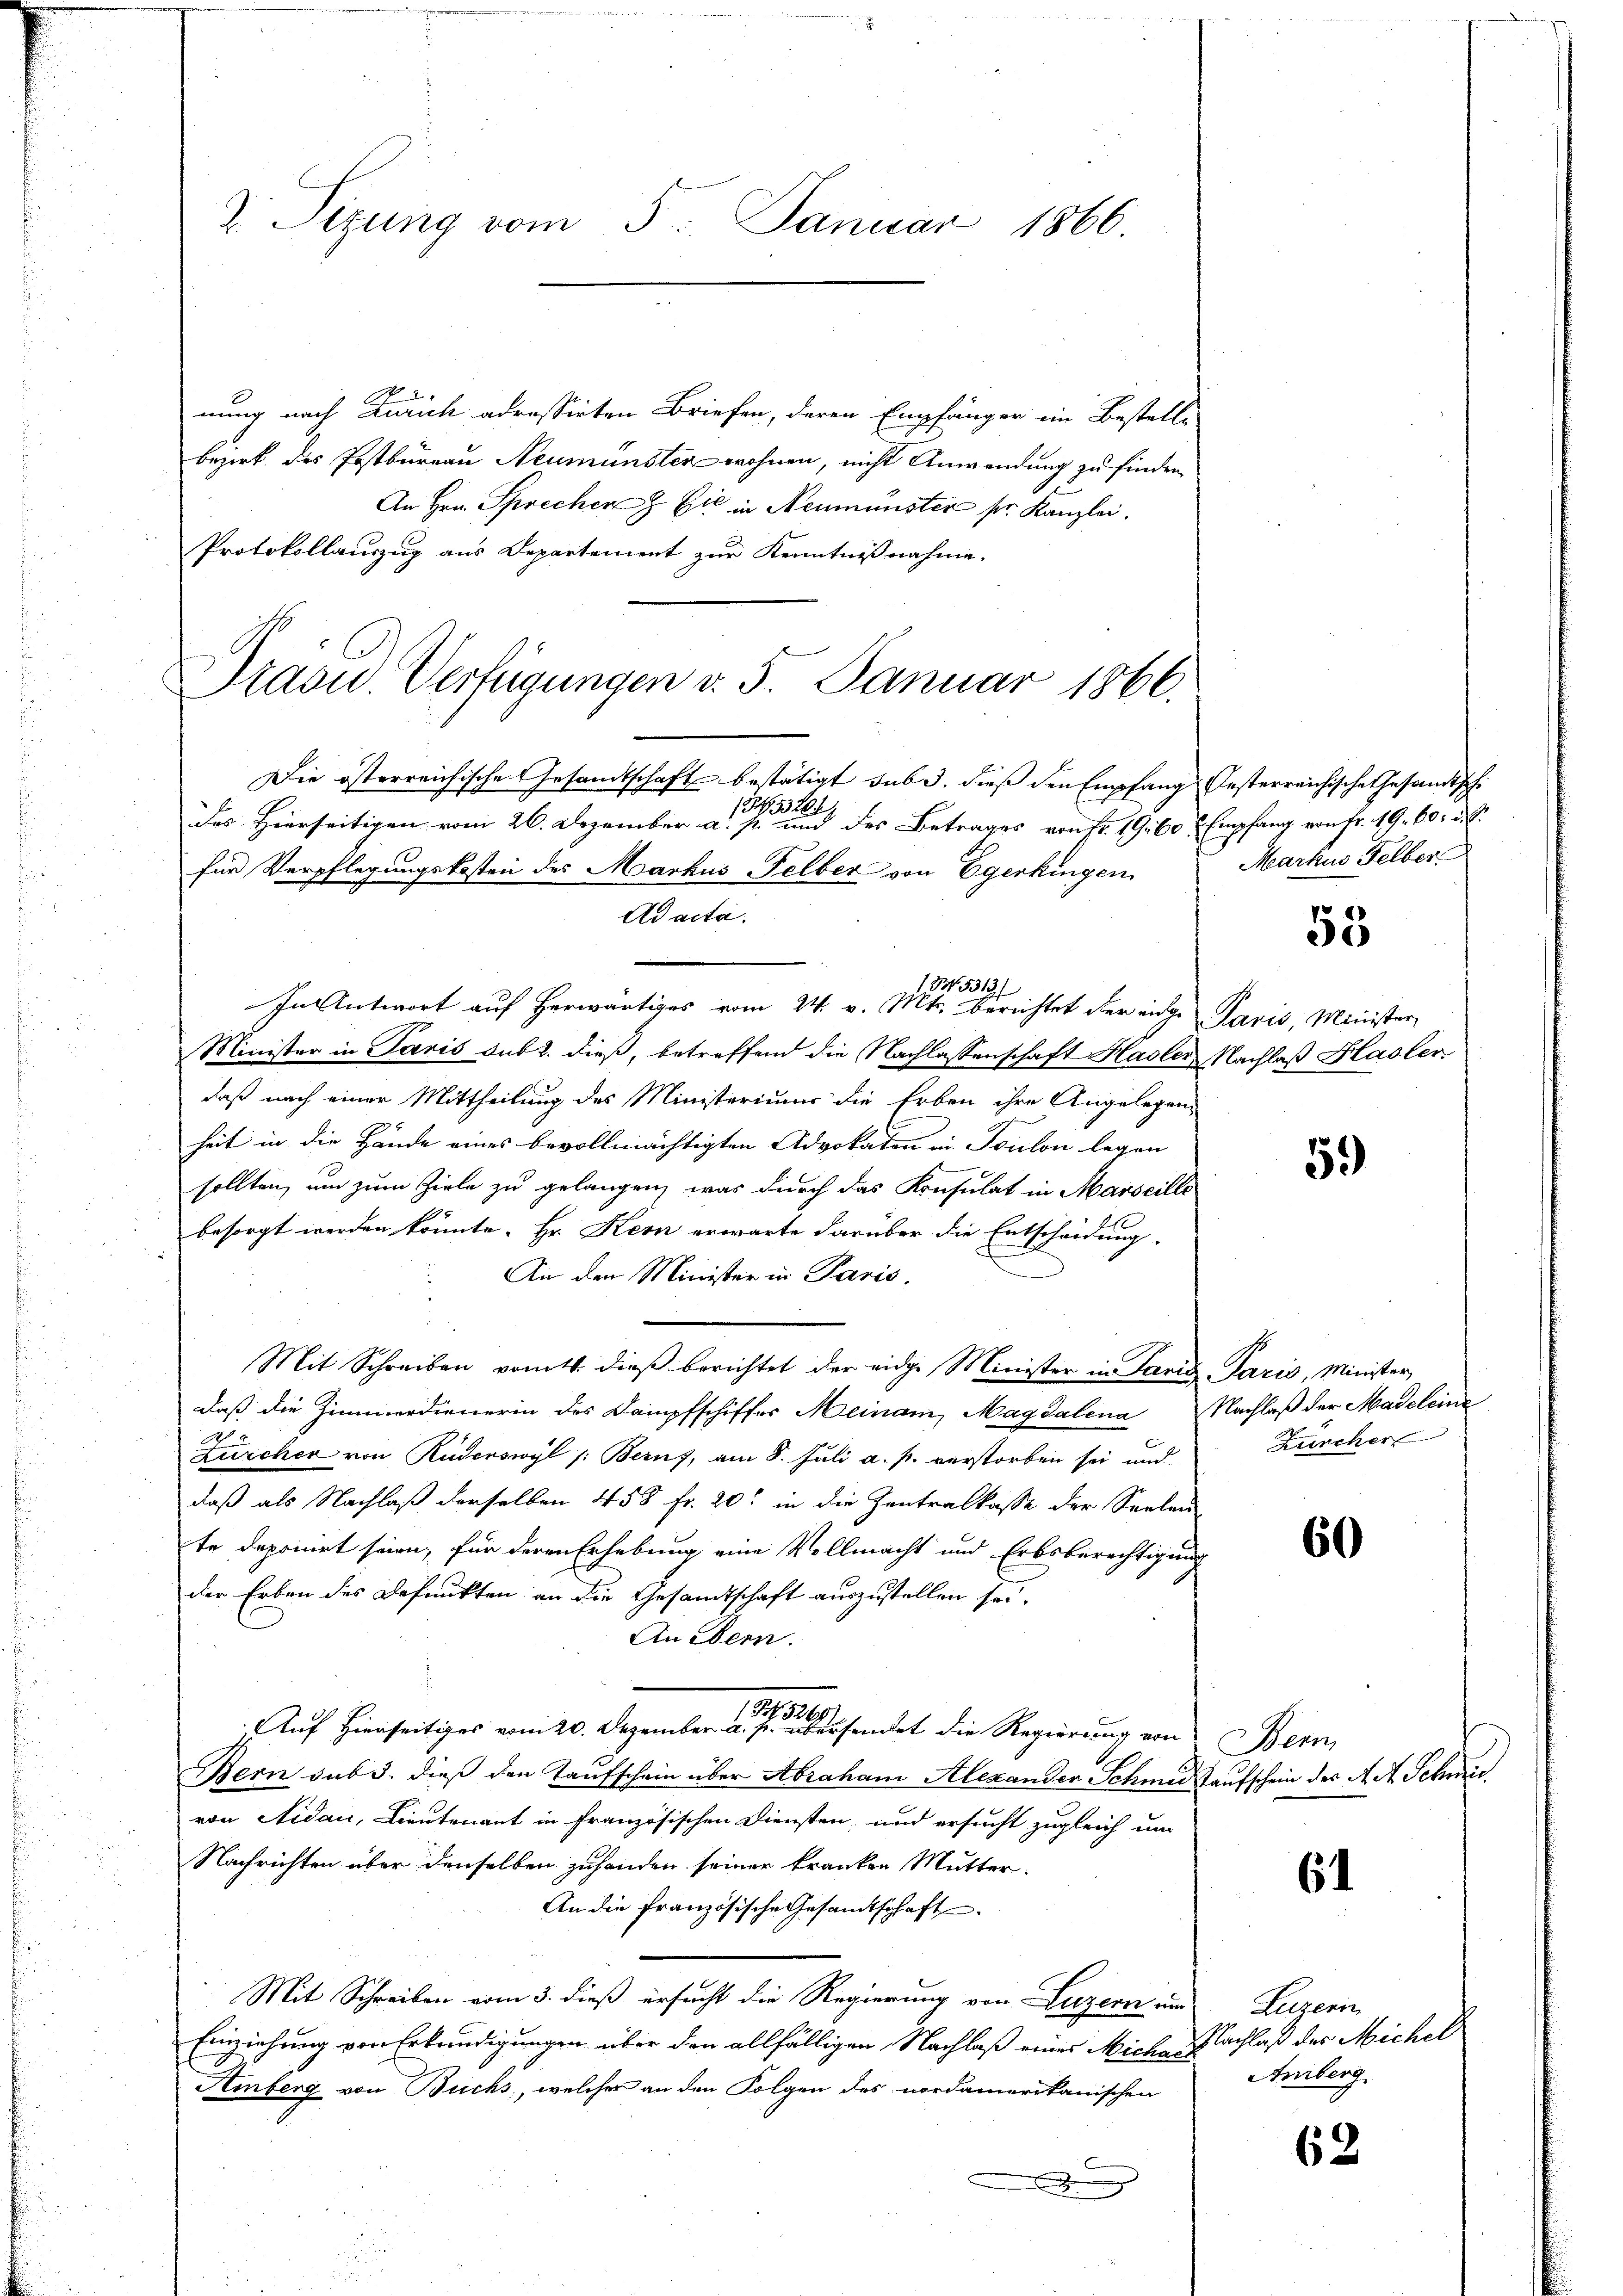
2. Sizung vom 5. Januar 1866.

nung nach Zürich adressirten Briefen, deren Empfänger im Bestell-
bezirk des Postbureau Neumünster wohnen, nicht Anwendung zu finden.
An Hrn. Sprecher Eid in Neumünster sr. Kanzlei.
Protokollauszug aus Departement zur Kenntnißnahme.
Die österreichische Gesandtschaft bestätigt sub 3. dieß den Empfang festerreichische Gesandtsche
1353204
des Hierseitigen vom 26. Dezember a. p. und des Betrages von Fr. 19160 u. Empfang von Fr. 19. 60. d.
für Verpflegungskosten des Markus Felber von Egerkingen
Ad acta.
134. 5313/
In Antwort auf herwärtiges vom 24. v. Mts. berichtet der eige Paris, Minister
Minister in Paris sub 2. dieß, betreffend die Nachlassenschaft Hasler Nachlaß Hasler
daß nach einer Mittheilung des Ministeriums die Erben ihre Angelegen-
heit in die Hände eines bevollmächtigten Advokaten in Toulon legen
sollten, um zum Ziele zu gelangen, was durch das Konsulat in Marseille
besorgt werden könnte. Hr. Kern erwarte darüber die Entscheidung.
An den Minister in Paris,
Mit Schreiben vom 4. dieβ berichtet der eidge Minister in Paris Paris, Minister,
daß die Zimmerdienerin des Dampfschiffer Meinam, Magdalena Nachlaß der Madeleine
Zürcher von Ruderswyl /: Berns, am 8. Juli a. p. verstorben sei und
daß als Nachlaß derselben 458 fr. 20. in die Zentralkasse der Seelen
te deponirt seien, für deren Erhebung eine Vollmacht und Erbsberechtigung
der Erben des Befunkten an die Gesandtschaft auszustellen sei.
An Bern.
Auf hierseitiges vom 20. Dezember aus dersendet die Regierung von Bern
Bern sub 3. dieß den Taufschein über Abraham Alexander Schmid Kaufschein des Art. Schmievon Aidau, Lieutenant in französischen Diensten, und ersucht zugleich um
Nachrichten über denselben zuhanden seiner kranken Mutter.
An die französische Gesamtschaft
Mit Schreiben vom 3. dieß ersucht die Regierung von Luzern und Luzern
Einziehung von Erkundigungen über den allfälligen Nachlaß eines Miche Nachlaß des Michel
Amberg von Buchs, welcher an den Folgen des nordamerikanischen

.

Präsid. Verfügungen v. 5. Januar 1866.

Markus Felber

53

59)

Zürcher

60

6

Amberg.

63